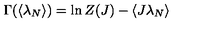
\Gamma ( \langle \lambda _ { N } \rangle ) = \ln Z ( J ) - \langle J \lambda _ { N } \rangle